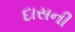
દાસની